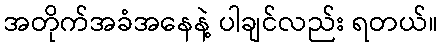
အတိုက်အခံအနေနဲ့ ပါချင်လည်း ရတယ်။